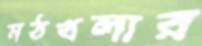
মঠখলার